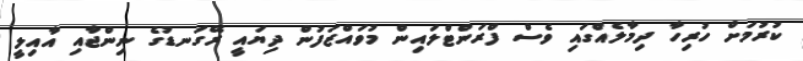
ކުރުމަށް ހުރިހާ ދިމާލެއްގައި ވެސް ފްރަންޓްލައިން މުވައްޒަފުން ދިޔައީ ރޭގަނޑުގެ ނިންޖާއި އާއިލީ